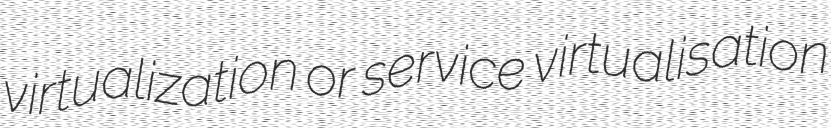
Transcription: virtualization or service virtualisation